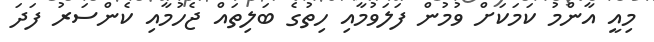
މިއީ އާންމު ކަމަކަށް ވުމުން ފަލަވުމާއި ހިތުގެ ބަލިތައް ޖެހުމާއި ކެންސަރު ފަދަ